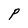
Character: P